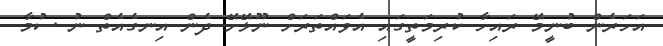
އަހަރެން ބުނީމޭ ރައިހާ ކުރިމަތީގައި އެވައްތަރަށް ނޫޅޭށޭ ދެން އިނގެއެތް ނު ސުމާ